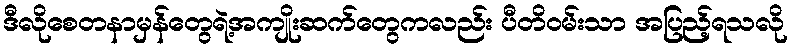
ဒီလိုစေတနာမှန်တွေရဲ့အကျိုးဆက်တွေကလည်း ပီတိဝမ်းသာ အပြည့်ရသလို